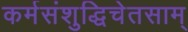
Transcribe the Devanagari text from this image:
कर्मसंशुद्धिचेतसाम्